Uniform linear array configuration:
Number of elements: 32
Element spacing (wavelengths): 0.5
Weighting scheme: blackman
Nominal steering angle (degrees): -60
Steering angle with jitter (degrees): -61.89
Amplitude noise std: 0.05
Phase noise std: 0.05

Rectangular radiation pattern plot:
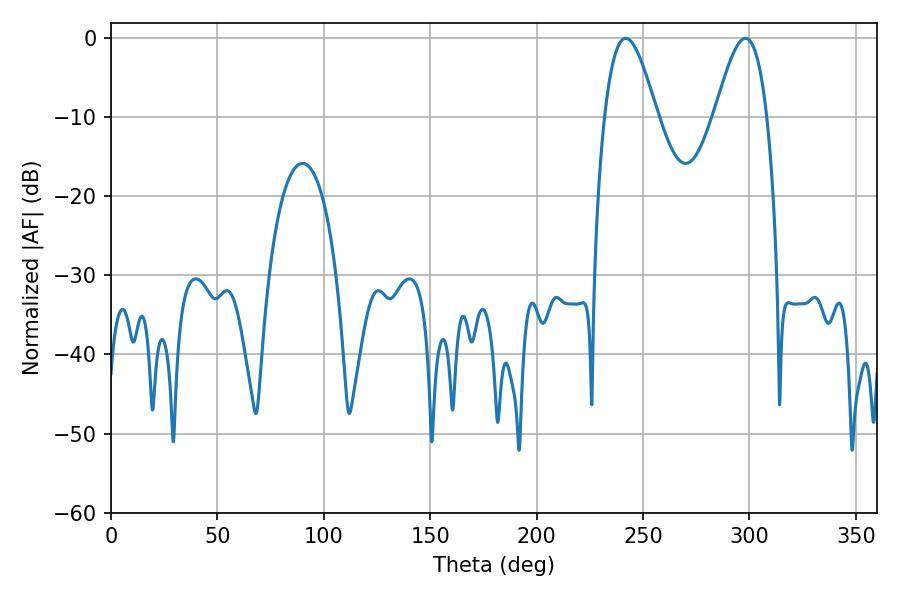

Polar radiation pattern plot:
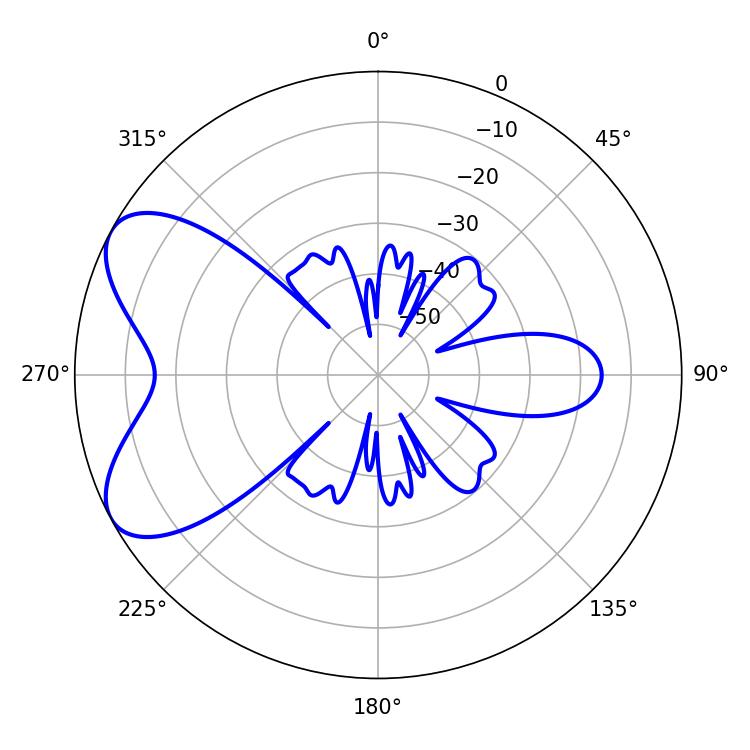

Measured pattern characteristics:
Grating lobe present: FALSE
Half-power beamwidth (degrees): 13.32
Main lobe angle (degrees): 241.92